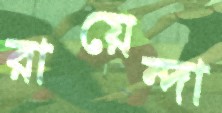
রায়েন্দা